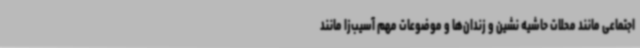
اجتماعی مانند محلات حاشیه نشین و زندان‌ها و موضوعات مهم آسیب‌زا مانند